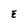
Character: E